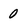
Character: 0